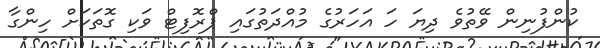
ކުންފުނިން ވޭތުވެ ދިޔަ ހަ އަހަރުގެ މުއްދަތުގައި ޕްރޮފިޓް ވަކި ގޮތަކަށް ހިންގާ